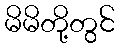
မိမိတို့တွင်